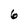
Character: 6